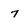
Character: 7